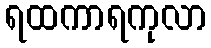
ရထကာရကုလာ